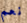
نعم